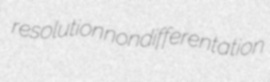
resolution nondifferentation